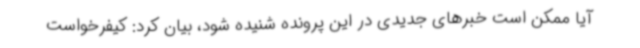
آیا ممکن است خبرهای جدیدی در این پرونده شنیده شود، بیان کرد: کیفرخواست